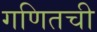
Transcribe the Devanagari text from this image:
गणितची